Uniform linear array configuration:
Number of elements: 64
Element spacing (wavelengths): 1
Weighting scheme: cosine
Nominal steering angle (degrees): -30
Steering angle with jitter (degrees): -31.141
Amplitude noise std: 0.05
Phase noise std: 0.05

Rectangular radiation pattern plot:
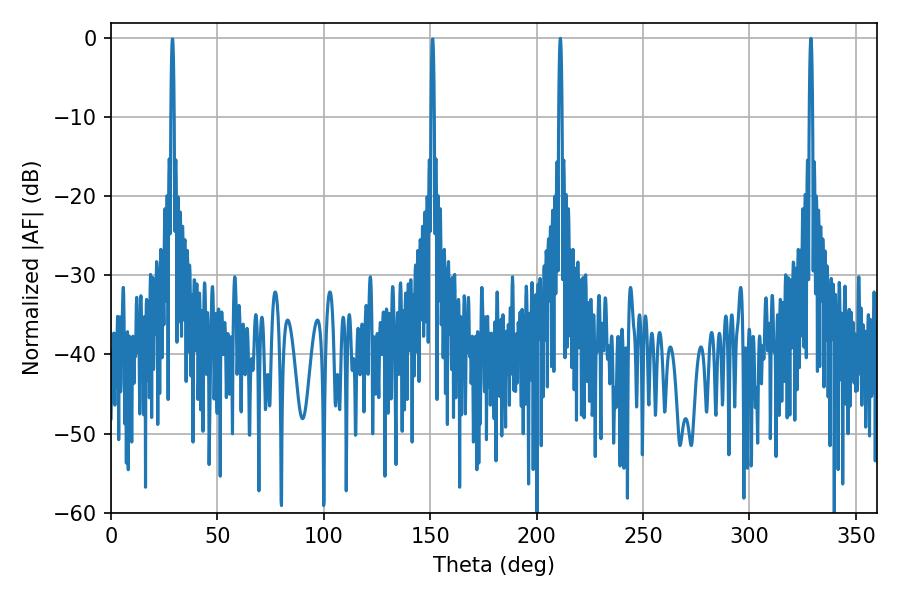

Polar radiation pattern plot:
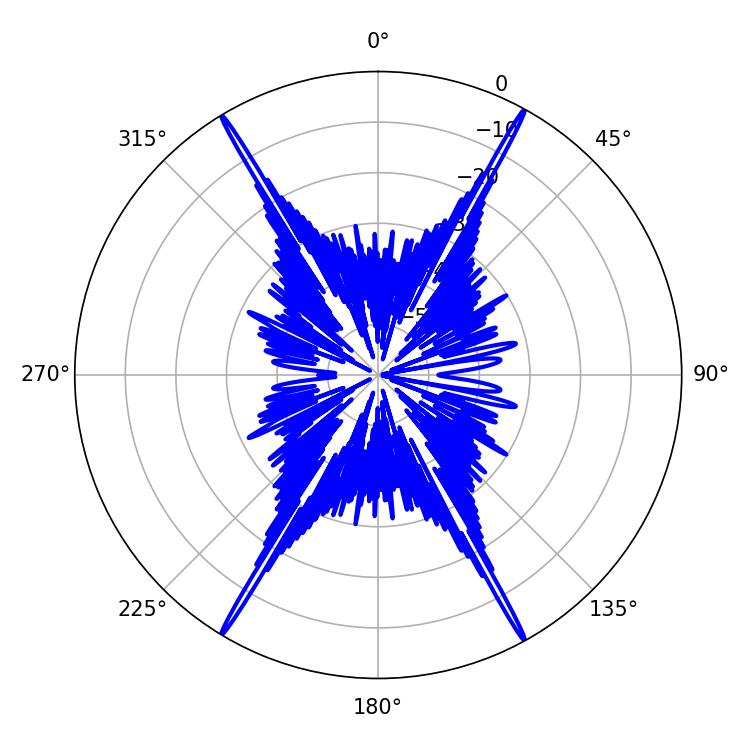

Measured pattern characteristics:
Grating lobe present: TRUE
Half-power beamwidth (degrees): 0.72
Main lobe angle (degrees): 211.14